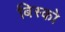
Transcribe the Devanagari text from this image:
बिस्को